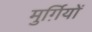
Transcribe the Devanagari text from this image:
मुर्ग़ियों